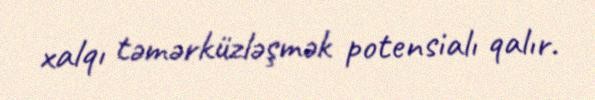
xalqı təmərküzləşmək potensialı qalır.